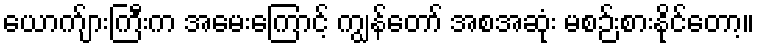
ယောက်ျားကြီးက အမေးကြောင့် ကျွန်တော် အစအဆုံး မစဉ်းစားနိုင်တော့။